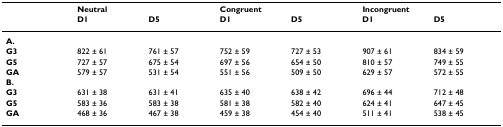
<table><thead><tr><td></td><td><b>Neutral</b></td><td></td><td><b>Congruent</b></td><td></td><td><b>Incongruent</b></td><td></td></tr><tr><td></td><td><b>D1</b></td><td><b>D5</b></td><td><b>D1</b></td><td><b>D5</b></td><td><b>D1</b></td><td><b>D5</b></td></tr></thead><tbody><tr><td><b>A.</b></td><td></td><td></td><td></td><td></td><td></td><td></td></tr><tr><td><b>G3</b></td><td>822 ± 61</td><td>761 ± 57</td><td>752 ± 59</td><td>727 ± 53</td><td>907 ± 61</td><td>834 ± 59</td></tr><tr><td><b>G5</b></td><td>727 ± 57</td><td>675 ± 54</td><td>697 ± 56</td><td>654 ± 50</td><td>810 ± 57</td><td>749 ± 55</td></tr><tr><td><b>GA</b></td><td>579 ± 57</td><td>531 ± 54</td><td>551 ± 56</td><td>509 ± 50</td><td>629 ± 57</td><td>572 ± 55</td></tr><tr><td><b>B.</b></td><td></td><td></td><td></td><td></td><td></td><td></td></tr><tr><td><b>G3</b></td><td>631 ± 38</td><td>631 ± 41</td><td>635 ± 40</td><td>638 ± 42</td><td>696 ± 44</td><td>712 ± 48</td></tr><tr><td><b>G5</b></td><td>583 ± 36</td><td>583 ± 38</td><td>581 ± 38</td><td>582 ± 40</td><td>624 ± 41</td><td>647 ± 45</td></tr><tr><td><b>GA</b></td><td>468 ± 36</td><td>467 ± 38</td><td>459 ± 38</td><td>454 ± 40</td><td>511 ± 41</td><td>538 ± 45</td></tr></tbody></table>